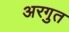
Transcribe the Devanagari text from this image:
अरगुत